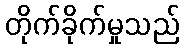
တိုက်ခိုက်မှုသည်